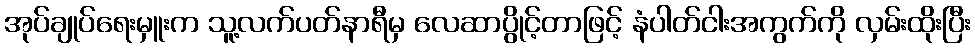
အုပ်ချုပ်ရေးမှူးက သူ့လက်ပတ်နာရီမှ လေဆာပွိုင့်တာဖြင့် နံပါတ်ငါးအကွက်ကို လှမ်းထိုးပြီး